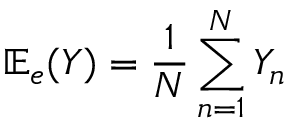
{ \mathbb E } _ { e } ( Y ) = \frac { 1 } { N } \sum _ { n = 1 } ^ { N } Y _ { n }